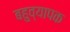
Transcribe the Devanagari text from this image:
बहुव्यापक